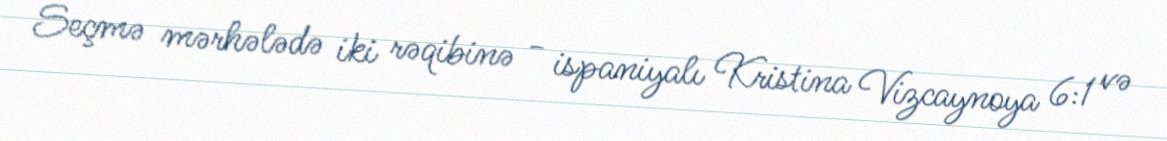
Seçmə mərhələdə iki rəqibinə - ispaniyalı Kristina Vizcaynoya 6:1 və